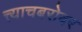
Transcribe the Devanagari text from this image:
त्त्याचबरोबर